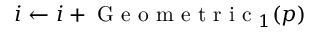
i \leftarrow i + \mathrm { ~ G ~ e ~ o ~ m ~ e ~ t ~ r ~ i ~ c ~ } _ { 1 } ( p )